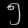
Digit: ၅